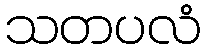
သတပလံ